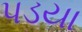
પડયા